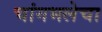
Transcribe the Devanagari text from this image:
चांगभलेचा